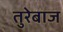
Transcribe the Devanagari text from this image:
तुरेबाज